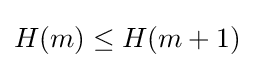
H(m)\leq H(m+1)